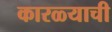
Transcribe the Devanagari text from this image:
कारळ्याची